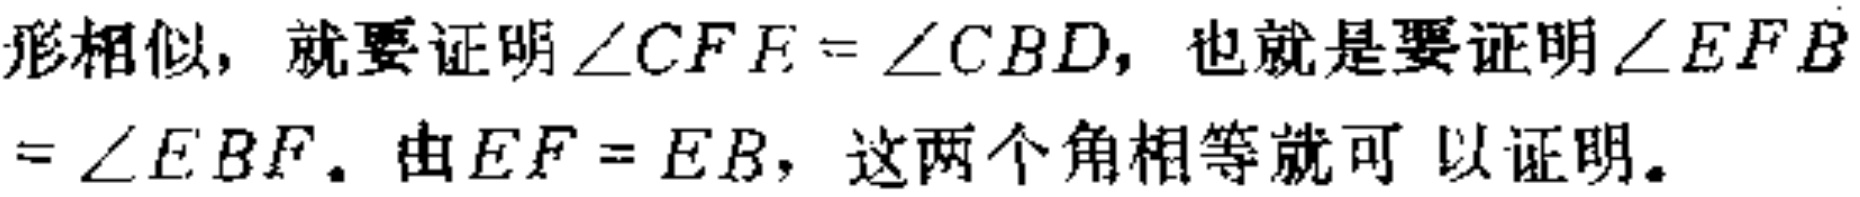
形相似，就要证明$\angle CFE=\angle CBD$，也就是要证明$\angle EFB=\angle EBF$。由$EF = EB$，这两个角相等就可以证明。